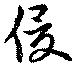
侵